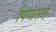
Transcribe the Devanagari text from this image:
पिगासस